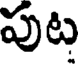
పుట